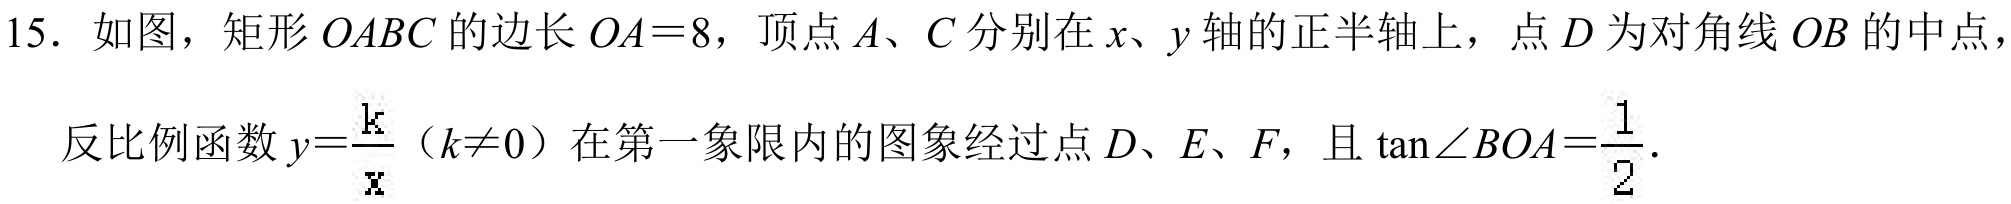
15. 如图，矩形 \(OABC\) 的边长 \(OA = 8\)，顶点 \(A\)、\(C\) 分别在 \(x\)、\(y\) 轴的正半轴上，点 \(D\) 为对角线 \(OB\) 的中点，
反比例函数 \(y=\frac{k}{x}\)（\(k\neq0\)）在第一象限内的图象经过点 \(D\)、\(E\)、\(F\)，且 \(\tan\angle BOA=\frac{1}{2}\).